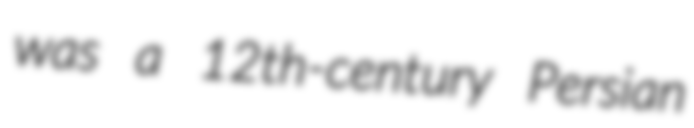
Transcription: was a 12th-century Persian